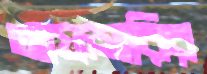
আফসারির